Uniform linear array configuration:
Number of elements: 24
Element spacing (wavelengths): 0.75
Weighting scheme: exponential
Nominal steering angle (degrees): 60
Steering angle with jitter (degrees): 60.449
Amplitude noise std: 0.05
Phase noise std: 0.05

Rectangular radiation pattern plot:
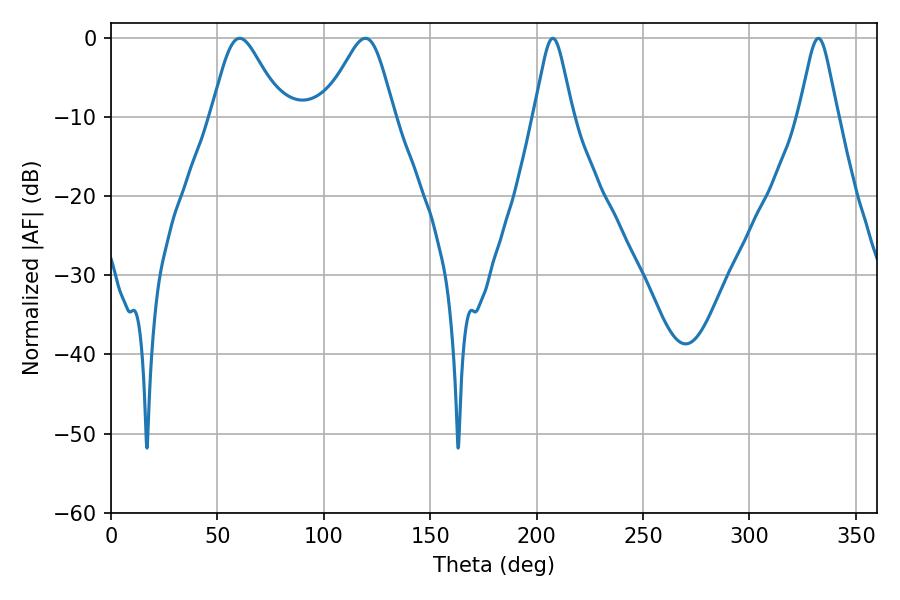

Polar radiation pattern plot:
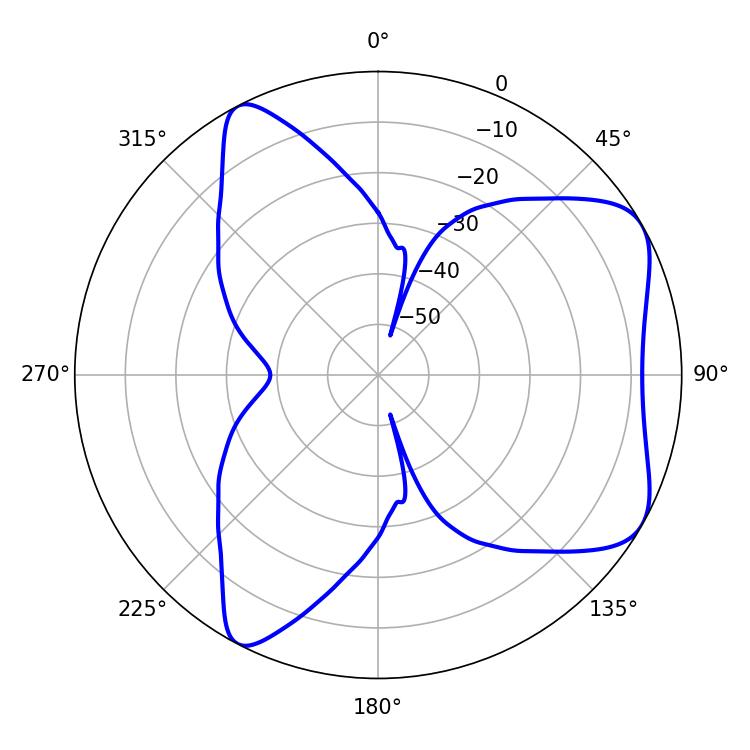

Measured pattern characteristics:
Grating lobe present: TRUE
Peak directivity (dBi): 6.378
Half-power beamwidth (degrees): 16.38
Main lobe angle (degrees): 60.48